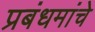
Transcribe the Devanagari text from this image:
प्रबंधमांचे